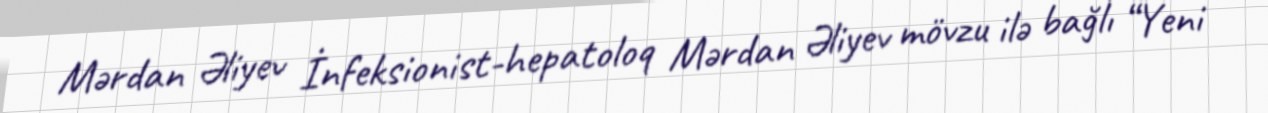
Mərdan Əliyev İnfeksionist-hepatoloq Mərdan Əliyev mövzu ilə bağlı “Yeni